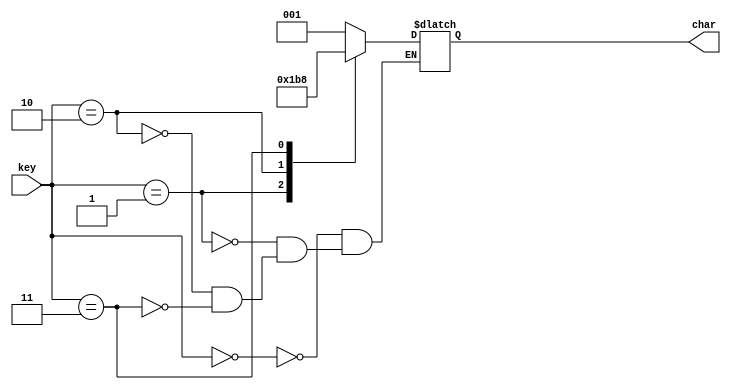
module Display7seg (key, char); 				//declarao do mdulo
input [2:0] key;						//declarao das entradas
output reg [2:0] char;						//declarao das sadas

always @ (*) begin				
	case(key)						//declaraes de caso para a varivel de entrada
		3'b000: char = 7'b0001001;			//relao posio da chave e resultado exibido	
		3'b001: char = 7'b0000110;			
		3'b010: char = 7'b1000111;
		3'b011: char = 7'b1000000;
	endcase
	end
endmodule